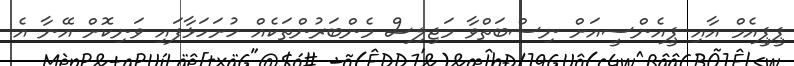
ޕީޕީއެމް އާއި ޕީއެންސީއަށް ނިސްބަތްވާ މަޖިލިސް މެންބަރުންތަކެއް ހުށަހަޅާފައި ވަނިކޮށް އޭނާ އެ